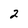
Character: 2